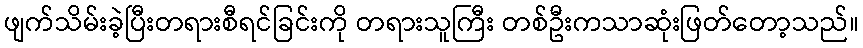
ဖျက်သိမ်းခဲ့ပြီးတရားစီရင်ခြင်းကို တရားသူကြီး တစ်ဦးကသာဆုံးဖြတ်တော့သည်။